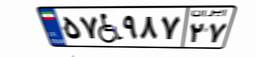
۵۷W۹۸۷۲۷